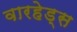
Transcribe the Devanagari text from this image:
वारहेड्स